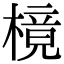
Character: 樈